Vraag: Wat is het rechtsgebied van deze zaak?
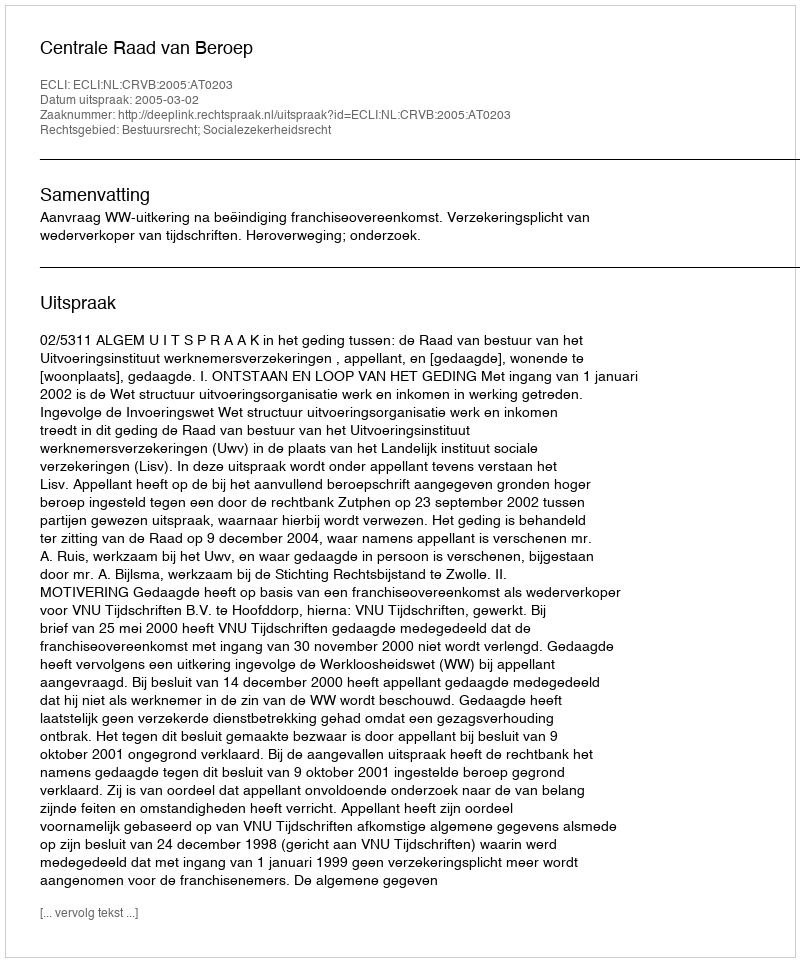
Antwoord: Bestuursrecht; Socialezekerheidsrecht